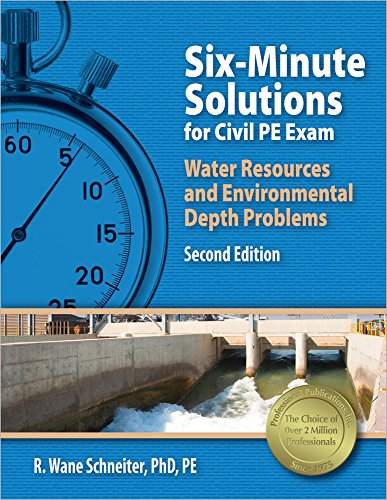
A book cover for Six-Minute Solutions for Civil PE Exam Water Resources and Environmental Depth Problems; R.  Wane Schneiter PhD  PE; Science & Math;